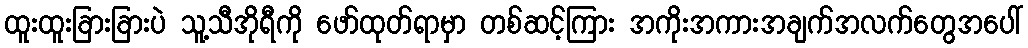
ထူးထူးခြားခြားပဲ သူ့သီအိုရီကို ဖော်ထုတ်ရာမှာ တစ်ဆင့်ကြား အကိုးအကားအချက်အလက်တွေအပေါ်